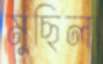
মুছিল